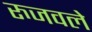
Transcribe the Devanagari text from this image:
रुजवले